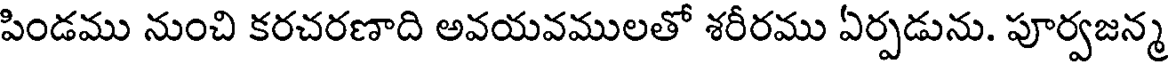
పిండము నుంచి కరచరణాది అవయవములతో శరీరము ఏర్పడును. పూర్వజన్మ